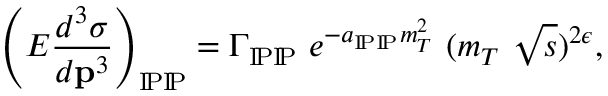
\left( E \frac { d ^ { 3 } \sigma } { d { \bf p } ^ { 3 } } \right) _ { \mathrm { I \! P \mathrm { I \! P } } } = \Gamma _ { \mathrm { I \! P \mathrm { I \! P } } } \ e ^ { - a _ { \mathrm { I \! P \mathrm { I \! P } } } m _ { T } ^ { 2 } } \ ( m _ { T } \ \sqrt { s } ) ^ { 2 \epsilon } ,